Vaccination report Assam 1874-1896 - 1874-1896
Year: 1874
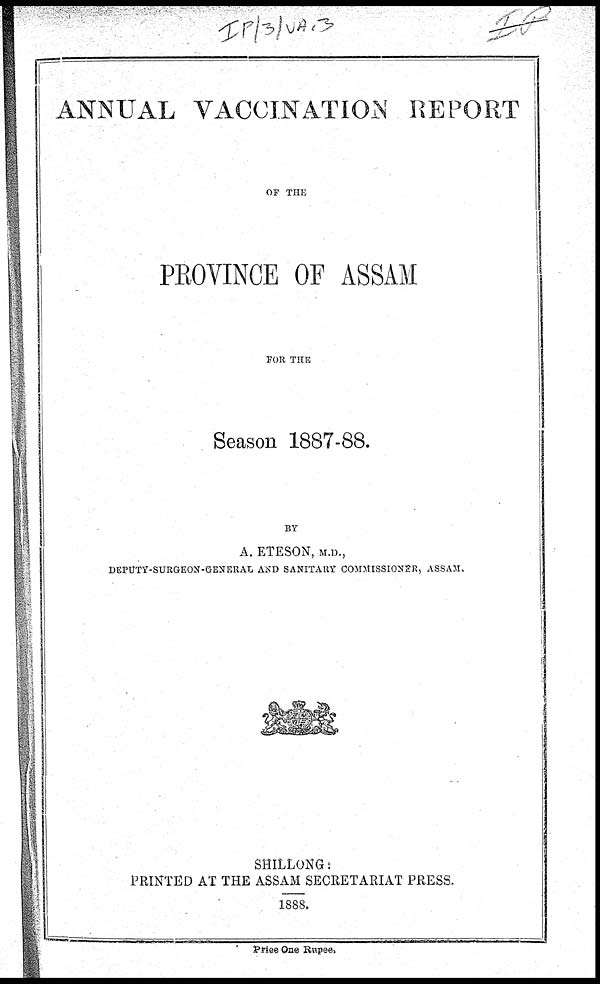
ANNUAL VACCINATION REPORT
OF THE
PROVINCE OF ASSAM
FOR THE
Season 1887-88.
BY
A. ETESON, M.D.,
DEPUTY-SURGEON-GENERAL AND SANITARY COMMISSIONER, ASSAM.
SHILLONG:
PRINTED AT THE ASSAM SECRETARIAT PRESS.
1888.
Price One Rupee.